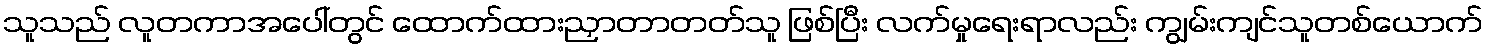
သူသည် လူတကာအပေါ်တွင် ထောက်ထားညှာတာတတ်သူ ဖြစ်ပြီး လက်မှုရေးရာလည်း ကျွမ်းကျင်သူတစ်ယောက်